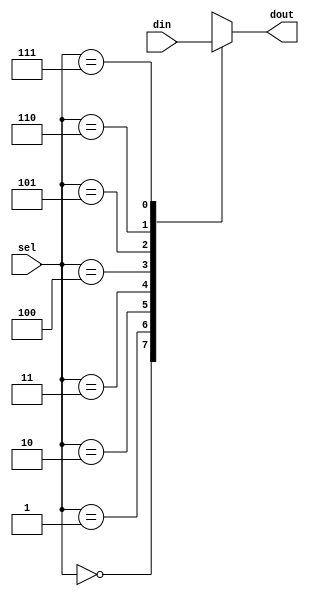
module demux(
  input [7:0] din,
  input [2:0] sel,
  output reg dout);

always @ (din or sel)
  case (sel)
    0 : dout = din[7];
    1 : dout = din[6];
    2 : dout = din[5];
    3 : dout = din[4];
    4 : dout = din[3];
    5 : dout = din[2];
    6 : dout = din[1];
    7 : dout = din[0];
  endcase

endmodule